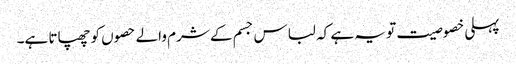
پہلی خصوصیت تو یہ ہے کہ لباس جسم کے شرم والے حصوں کو چھپاتا ہے۔